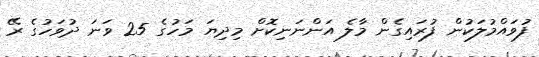
ފުވައްމުލަކުން ފުރައިގެން މާލެ އަންނަނިކޮށް މިދިޔަ މަހުގެ 25 ވަނަ ދުވަހުގެ ރޭ